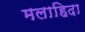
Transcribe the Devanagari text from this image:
मलाहिदा